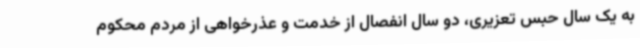
به یک سال حبس تعزیری، دو سال انفصال از خدمت و عذرخواهی از مردم محکوم